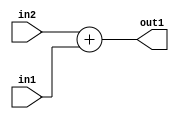
`timescale 1ps / 1ps
/*****************************************************************************
    Verilog RTL Description
    
    
    Created by: Stratus DpOpt 2019.1.01 
*******************************************************************************/

module SobelFilter_Add_5Sx2U_5S_1 (
	in2,
	in1,
	out1
	); /* architecture "behavioural" */ 
input [4:0] in2;
input [1:0] in1;
output [4:0] out1;
wire [4:0] asc001;

assign asc001 = 
	+(in2)
	+(in1);

assign out1 = asc001;
endmodule

/* CADENCE  ubD2Qw8= : u9/ySgnWtBlWxVPRXgAZ4Og= ** DO NOT EDIT THIS LINE ******/